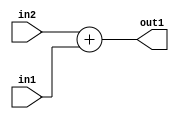
`timescale 1ps / 1ps
/*****************************************************************************
    Verilog RTL Description
    
    
    Created by: Stratus DpOpt 2019.1.01 
*******************************************************************************/

module SobelFilter_Add_5Sx2U_5S_1 (
	in2,
	in1,
	out1
	); /* architecture "behavioural" */ 
input [4:0] in2;
input [1:0] in1;
output [4:0] out1;
wire [4:0] asc001;

assign asc001 = 
	+(in2)
	+(in1);

assign out1 = asc001;
endmodule

/* CADENCE  ubD2Qw8= : u9/ySgnWtBlWxVPRXgAZ4Og= ** DO NOT EDIT THIS LINE ******/